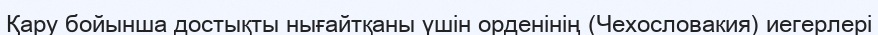
Қару бойынша достықты нығайтқаны үшін орденінің (Чехословакия) иегерлері